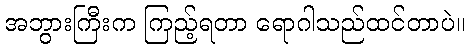
အဘွားကြီးက ကြည့်ရတာ ရောဂါသည်ထင်တာပဲ။